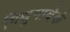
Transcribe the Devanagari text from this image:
मिथुनादेकं